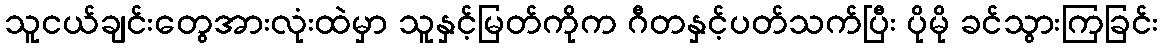
သူငယ်ချင်းတွေအားလုံးထဲမှာ သူနှင့်မြတ်ကိုက ဂီတနှင့်ပတ်သက်ပြီး ပိုမို ခင်သွားကြခြင်း